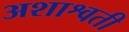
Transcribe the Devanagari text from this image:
अशाश्वती